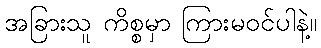
အခြားသူ ကိစ္စမှာ ကြားမဝင်ပါနဲ့။